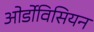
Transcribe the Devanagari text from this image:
ओर्डोविसियन